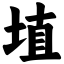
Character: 埴